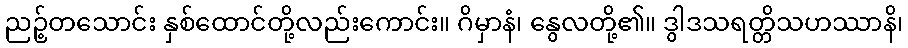
ညဉ့်တသောင်း နှစ်ထောင်တို့လည်းကောင်း။ ဂိမှာနံ၊ နွေလတို့၏။ ဒွါဒသရတ္တိသဟဿာနိ၊